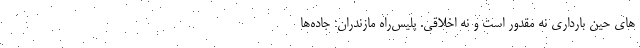
های حین بارداری نه مقدور است و نه اخلاقی. پلیس‌راه مازندران: جاده‌ها